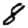
Digit: 8